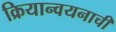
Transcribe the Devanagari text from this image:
क्रियान्वयनाची